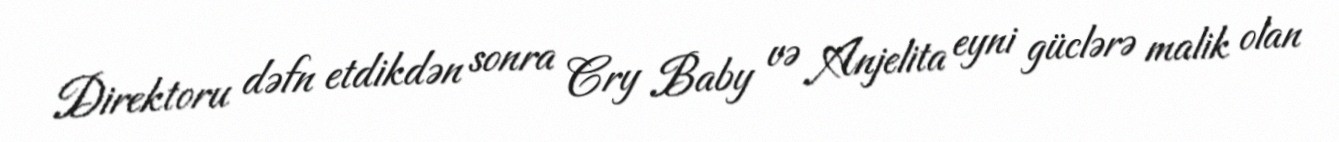
Direktoru dəfn etdikdən sonra Cry Baby və Anjelita eyni güclərə malik olan